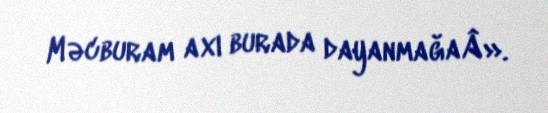
Məcburam axı burada dayanmağaÂ».